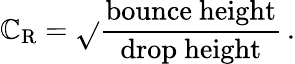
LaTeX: \mathbb{C}_{\mathrm{{R}}}={\sqrt{}{{\frac{{\mathrm{{bounce~height}}}}{{\mathrm{{drop~height}}}}}}}\, .